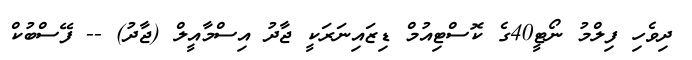
ދިވެހި ފިލްމު ނޯޓީ40ގެ ކޮސްޓިއުމް ޑިޒައިނަރަކީ ޖާދު އިސްމާއީލް (ޖާދު) -- ފޭސްބުކް